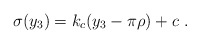
\begin{align*}\sigma (y_3) = k_c (y_3 - \pi \rho) + c ~.~\,\end{align*}